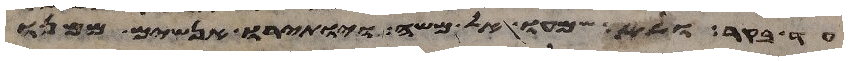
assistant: עד בקר ולא שמעו אל משה ויותירו אנשים ממנו